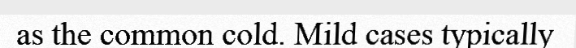
as the common cold. Mild cases typically